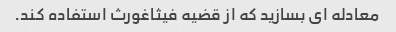
معادله ای بسازید که از قضیه فیثاغورث استفاده کند.